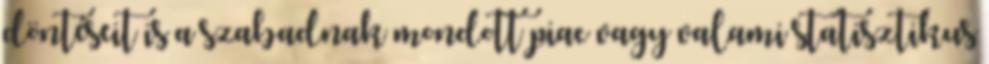
döntéseit is a szabadnak mondott piac vagy valami statisztikus